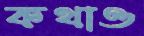
কথাও